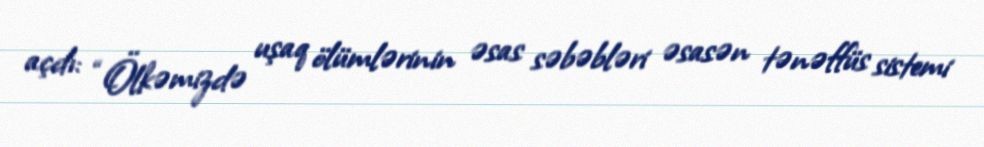
açdı: “Ölkəmizdə uşaq ölümlərinin əsas səbəbləri əsasən tənəffüs sistemi